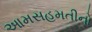
આમસહમતીનો